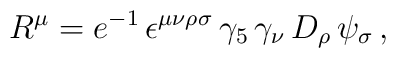
R^\mu = e^{-1} \, \epsilon^{\mu \nu \rho \sigma} \,\gamma_5 \, \gamma_\nu \, D_\rho \, \psi_\sigma\,,